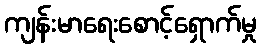
ကျန်းမာရေးစောင့်ရှောက်မှု